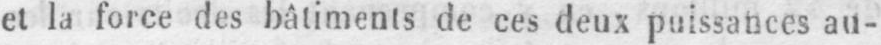
et la force des bâtiments de ces deux puissances au-